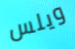
ويلس